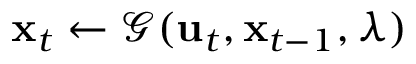
\mathbf { x } _ { t } \gets \mathcal { G } ( \mathbf { u } _ { t } , \mathbf { x } _ { t - 1 } , \lambda )